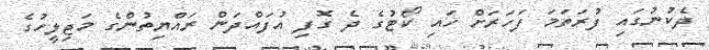
ދެކުނުގައި ފުރަތަމަ ފަހަރަށް ހައި ކޯޓުގެ ދެ ގޮފި އުފައްދަން ރައްޔިތުންގެ މަޖިލީހުގެ